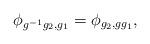
LaTeX: \begin{align*}\phi_{g^{-1}g_2,g_1}=\phi_{g_2,gg_1},\qquad\end{align*}